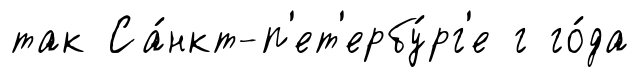
так Са́нкт-п'ет'ербу́рг'е г го́да